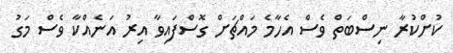
ކުށްކުރާ ނިސްބަތް ވެސް އެހާމެ މައްޗަށް ގޮސްފައިވާ އިރު އަނެއްކާ ވެސް މަގު